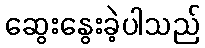
ဆွေးနွေးခဲ့ပါသည်